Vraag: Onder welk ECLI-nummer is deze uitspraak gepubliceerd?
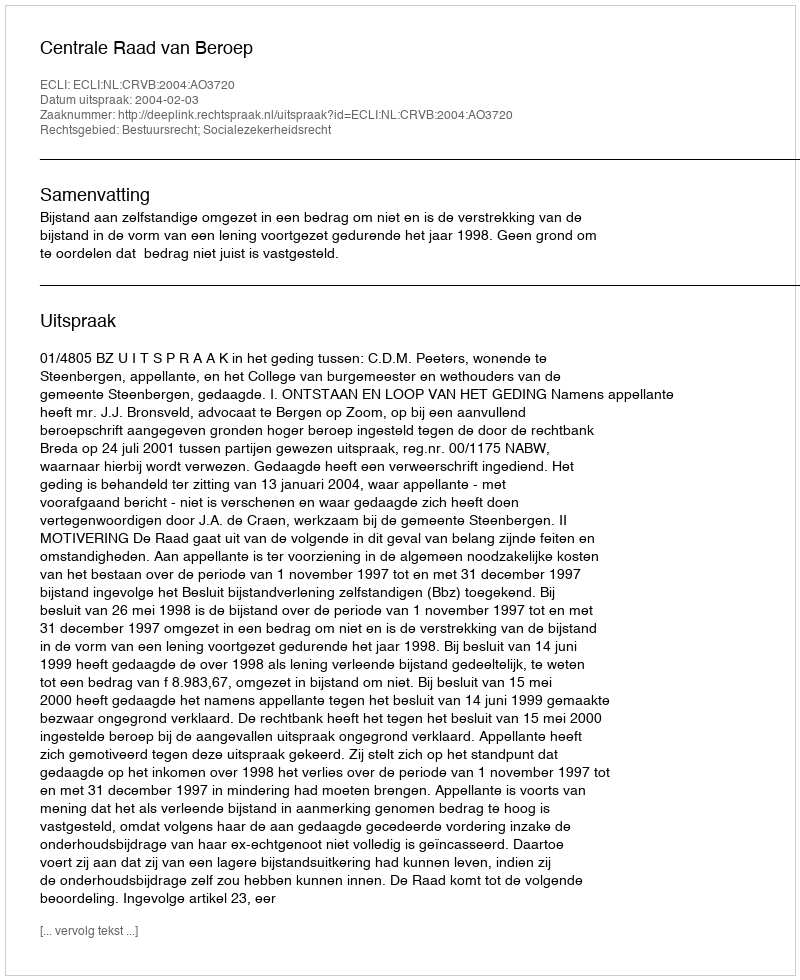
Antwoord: ECLI:NL:CRVB:2004:AO3720